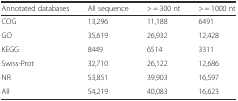
<table><thead><tr><td><b>Annotated databases</b></td><td><b>All sequence</b></td><td><b>&gt; = 300 nt</b></td><td><b>&gt; = 1000 nt</b></td></tr></thead><tbody><tr><td>COG</td><td>13,296</td><td>11,188</td><td>6491</td></tr><tr><td>GO</td><td>35,619</td><td>26,932</td><td>12,428</td></tr><tr><td>KEGG</td><td>8449</td><td>6514</td><td>3311</td></tr><tr><td>Swiss-Prot</td><td>32,710</td><td>26,122</td><td>12,686</td></tr><tr><td>NR</td><td>53,851</td><td>39,903</td><td>16,597</td></tr><tr><td>All</td><td>54,219</td><td>40,083</td><td>16,623</td></tr></tbody></table>